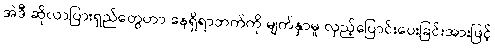
အဲဒီ ဆိုလာပြားရှည်တွေဟာ နေရှိရာဘက်ကို မျက်နှာမူ လှည့်ပြောင်းပေးခြင်းအားဖြင့်